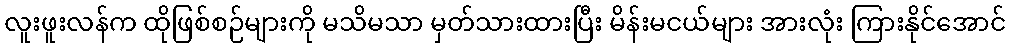
လူးဖူးလန်က ထိုဖြစ်စဉ်များကို မသိမသာ မှတ်သားထားပြီး မိန်းမငယ်များ အားလုံး ကြားနိုင်အောင်